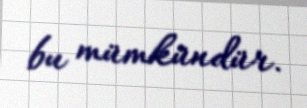
bu mümkündür.